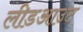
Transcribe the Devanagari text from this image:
लीडआउट